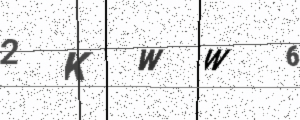
Text: 2KWW6